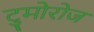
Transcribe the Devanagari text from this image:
टुमोरोज